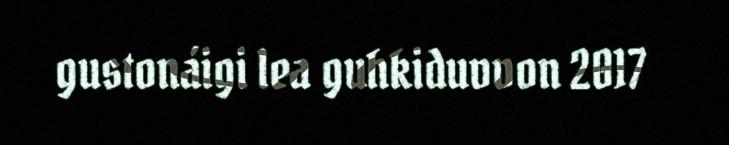
gustonáigi lea guhkiduvvon 2017